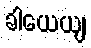
ခါယေယျ